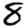
Digit: 8